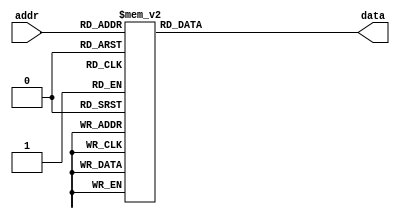
module hash_rom(
  input wire [2:0] addr, 
  output reg [31:0] data
);

  always@(*) begin
    case(addr)
      3'd0: data = 32'hDC1A2C9E;
      3'd1: data = 32'hDC2EA8E4;
      3'd2: data = 32'h355FACC3;
      3'd3: data = 32'hAAF4ADC9;
      3'd4: data = 32'h13D41CED;
      3'd5: data = 32'h7EBCF8A8;
      3'd6: data = 32'hF3CDDB9B;
      3'd7: data = 32'h9948E6BE;
      default: data = 0; 
    endcase
  end 

endmodule